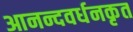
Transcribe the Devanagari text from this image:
आनन्दवर्धनकृत